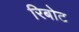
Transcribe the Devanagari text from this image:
रिबोट